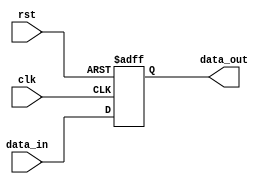
`timescale 1ns / 1ps
//////////////////////////////////////////////////////////////////////////////////
// Company: 
// Engineer: 
// 
// Design Name: 
// Module Name:    PC 
// Project Name: 
// Target Devices: 
// Tool versions: 
// Description: 
//
// Dependencies: 
//
// Revision: 
// Revision 0.01 - File Created
// Additional Comments: 
//
//////////////////////////////////////////////////////////////////////////////////
module pcreg(
	input clk,		// 1PC
	input rst,		// 1PC
						// enarst
	input [31:0] data_in,		// 32
	output reg [31:0] data_out	// 32PC
	);
	
	always @ (posedge clk or posedge rst) begin
		if(rst)
			data_out <= 0;
		else
			data_out <= data_in;
	end

endmodule